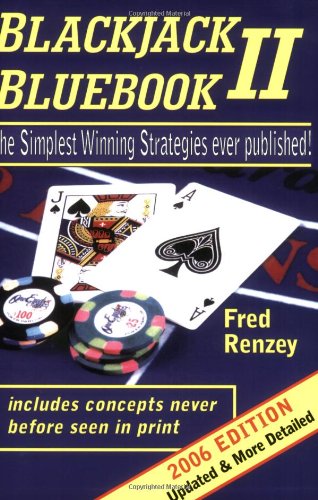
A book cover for Blackjack Bluebook II - the simplest winning strategies ever published (2006 edition); Fred Renzey; Humor & Entertainment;